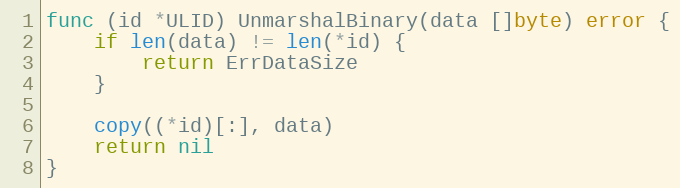
Language: Go
func (id *ULID) UnmarshalBinary(data []byte) error {
	if len(data) != len(*id) {
		return ErrDataSize
	}

	copy((*id)[:], data)
	return nil
}